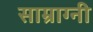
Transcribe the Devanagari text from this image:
साम्राग्नी